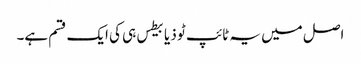
اصل میں یہ ٹائپ ٹو ذیابیطس ہی کی ایک قسم ہے۔